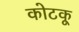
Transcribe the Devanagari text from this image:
कोटकू